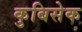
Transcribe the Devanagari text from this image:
कुबिसेक